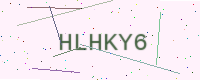
Text: HLHKY6